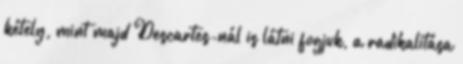
kétely, mint majd Descartes-nál is látni fogjuk, a radikalitása